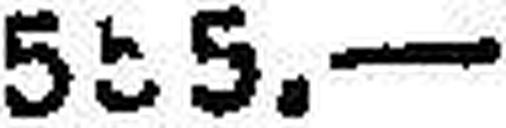
555.—